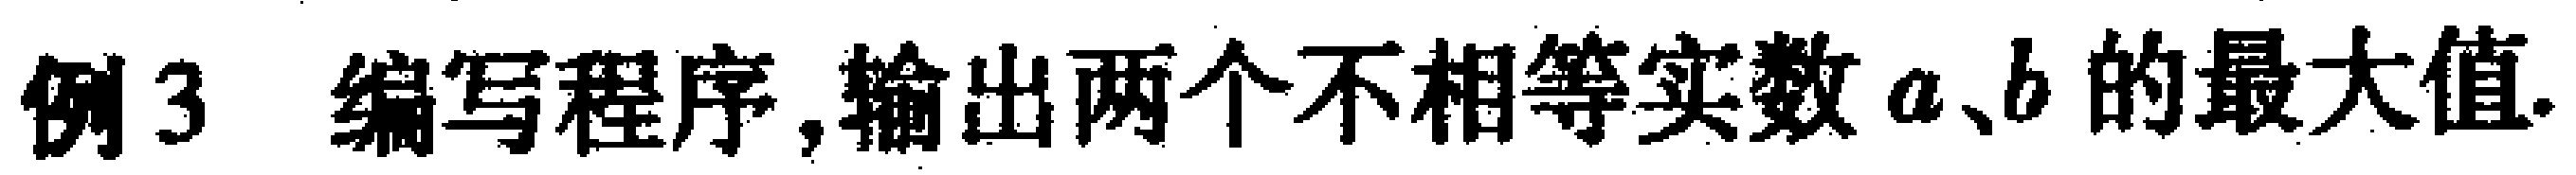
例3 编写程序,输出两个不相等实数\(a、b\)的最大值.